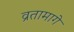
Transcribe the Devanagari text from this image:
व्रतामागे